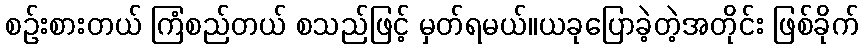
စဉ်းစားတယ် ကြံစည်တယ် စသည်ဖြင့် မှတ်ရမယ်။ယခုပြောခဲ့တဲ့အတိုင်း ဖြစ်ခိုက်